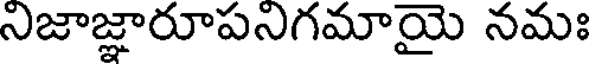
నిజాజ్ఞారూపనిగమాయై నమః